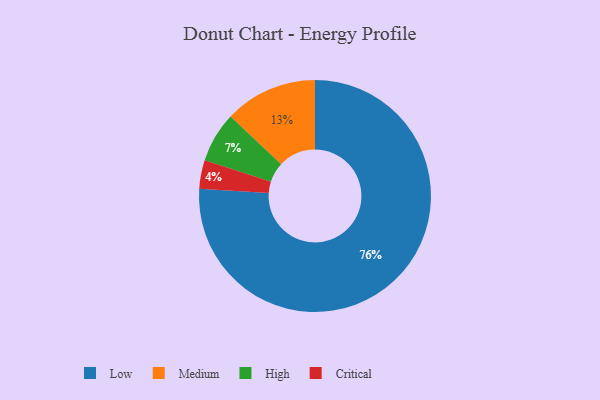
{"axis": {"x": "Category", "y": "Percentage"}, "legend": ["Critical", "High", "Low", "Medium"], "data": [{"x": "Low", "y": 76, "type": "Low"}, {"x": "High", "y": 7, "type": "High"}, {"x": "Medium", "y": 13, "type": "Medium"}, {"x": "Critical", "y": 4, "type": "Critical"}]}